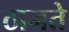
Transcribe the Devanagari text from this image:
ठानते